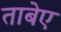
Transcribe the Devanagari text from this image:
ताबेए